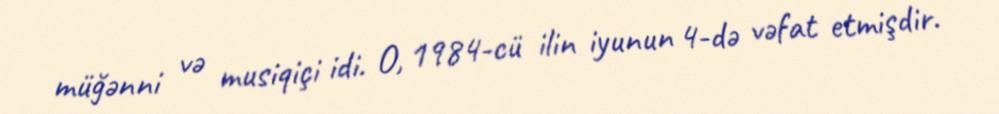
müğənni və musiqiçi idi. O, 1984-cü ilin iyunun 4-də vəfat etmişdir.